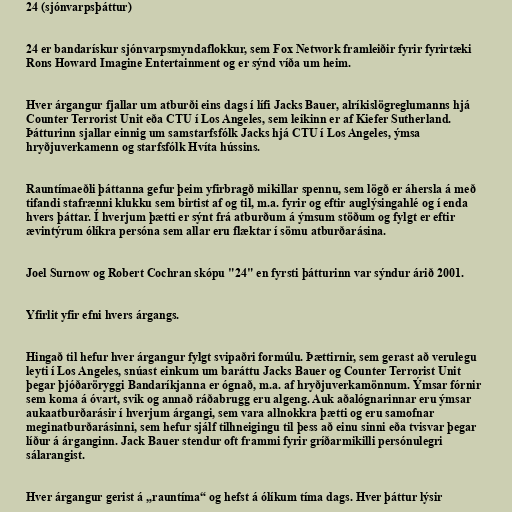
24 (sjónvarpsþáttur)

24 er bandarískur sjónvarpsmyndaflokkur, sem Fox Network framleiðir fyrir fyrirtæki
Rons Howard Imagine Entertainment og er sýnd víða um heim.

Hver árgangur fjallar um atburði eins dags í lífi Jacks Bauer, alríkislögreglumanns hjá
Counter Terrorist Unit eða CTU í Los Angeles, sem leikinn er af Kiefer Sutherland.
Þátturinn sjallar einnig um samstarfsfólk Jacks hjá CTU í Los Angeles, ýmsa
hryðjuverkamenn og starfsfólk Hvíta hússins.

Rauntímaeðli þáttanna gefur þeim yfirbragð mikillar spennu, sem lögð er áhersla á með
tifandi stafrænni klukku sem birtist af og til, m.a. fyrir og eftir auglýsingahlé og í enda
hvers þáttar. Í hverjum þætti er sýnt frá atburðum á ýmsum stöðum og fylgt er eftir
ævintýrum ólíkra persóna sem allar eru flæktar í sömu atburðarásina.

Joel Surnow og Robert Cochran skópu "24" en fyrsti þátturinn var sýndur árið 2001.

Yfirlit yfir efni hvers árgangs.

Hingað til hefur hver árgangur fylgt svipaðri formúlu. Þættirnir, sem gerast að verulegu
leyti í Los Angeles, snúast einkum um baráttu Jacks Bauer og Counter Terrorist Unit
þegar þjóðaröryggi Bandaríkjanna er ógnað, m.a. af hryðjuverkamönnum. Ýmsar fórnir
sem koma á óvart, svik og annað ráðabrugg eru algeng. Auk aðalógnarinnar eru ýmsar
aukaatburðarásir í hverjum árgangi, sem vara allnokkra þætti og eru samofnar
meginatburðarásinni, sem hefur sjálf tilhneigingu til þess að einu sinni eða tvisvar þegar
líður á árganginn. Jack Bauer stendur oft frammi fyrir gríðarmikilli persónulegri
sálarangist.

Hver árgangur gerist á „rauntíma“ og hefst á ólíkum tíma dags. Hver þáttur lýsir